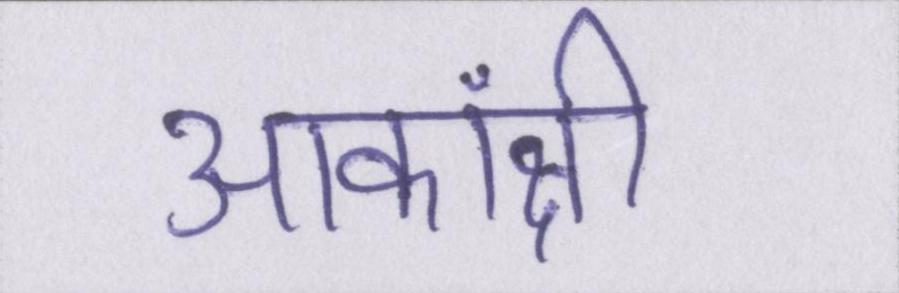
आकांक्षी